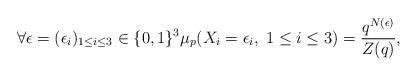
LaTeX: \begin{align*}\forall \epsilon=(\epsilon_i)_{1 \le i \le 3}\in \{0,1\}^3 \mu_p(X_i=\epsilon_i, \; 1 \le i \le 3)=\frac{q^{N(\epsilon)}}{Z(q)},\end{align*}